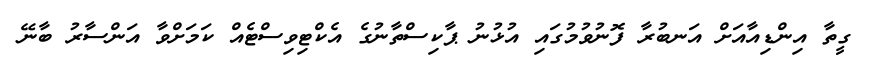
ގީތާ އިންޑިއާއަށް އަނބުރާ ފޮނުވުމުގައި އުޅުނު ޕާކިސްތާނުގެ އެކްޓިވިސްޓެއް ކަމަށްވާ އަންސާރު ބާނޭ